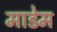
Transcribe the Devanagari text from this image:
माडेम